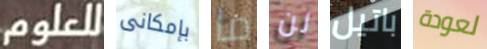
للعلوم بإمكانى ما لن باتيل لعودة